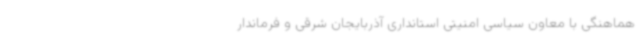
هماهنگی با معاون سیاسی امنیتی استانداری آذربایجان شرقی و فرماندار